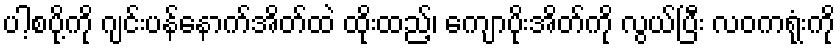
ပါ့စပို့ကို ဂျင်းပန်နောက်အိတ်ထဲ ထိုးထည့်၊ ကျောပိုးအိတ်ကို လွယ်ပြီး လဝကရုံးကို